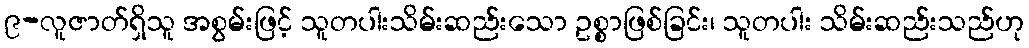
၉-လူဇာတ်ရှိသူ အစွမ်းဖြင့် သူတပါးသိမ်းဆည်းသော ဥစ္စာဖြစ်ခြင်း၊ သူတပါး သိမ်းဆည်းသည်ဟု